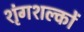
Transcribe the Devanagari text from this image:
शृंगशल्कों